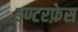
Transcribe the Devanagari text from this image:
इण्टरफ़ेस